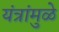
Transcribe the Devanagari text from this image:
यंत्रांमुळे